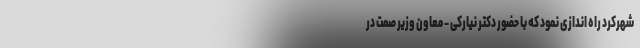
شهرکرد راه اندازی نمود که با حضور دکتر نیارکی - معاون وزیر صمت در